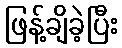
ဖြန့်ချိခဲ့ပြီး